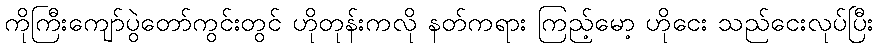
ကိုကြီးကျော်ပွဲတော်ကွင်းတွင် ဟိုတုန်းကလို နတ်ကရား ကြည့်မော့ ဟိုငေး သည်ငေးလုပ်ပြီး